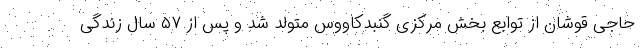
حاجی قوشان از توابع بخش مرکزی گنبدکاووس متولد شد و پس از ۵۷ سال زندگی